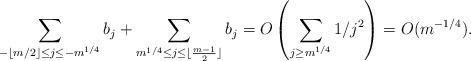
LaTeX: \begin{align*} \sum_{ -\lfloor m/2 \rfloor \leq j \leq - m^{1/4}} b_j + \sum_{ m^{1/4} \leq j \leq \lfloor \frac{m-1}{2} \rfloor } b_j = O \left( \sum_{ j \geq m^{1/4}} 1/j^2 \right) = O(m^{-1/4}).\end{align*}